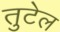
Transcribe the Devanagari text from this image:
तुटेल